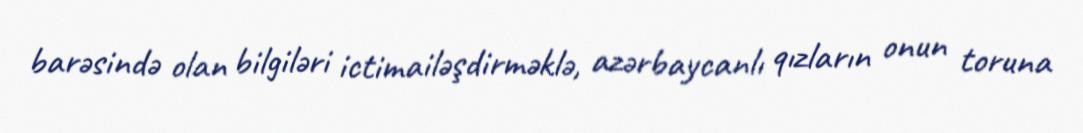
barəsində olan bilgiləri ictimailəşdirməklə, azərbaycanlı qızların onun toruna